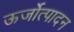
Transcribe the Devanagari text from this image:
ऊर्जोत्पादन